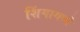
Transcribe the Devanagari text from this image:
शिंगामध्ये